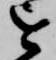
を